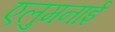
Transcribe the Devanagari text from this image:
एलुमनाई